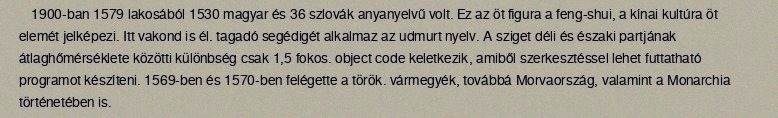
1900-ban 1579 lakosából 1530 magyar és 36 szlovák anyanyelvű volt. Ez az öt figura a feng-shui, a kínai kultúra öt elemét jelképezi. Itt vakond is él. tagadó segédigét alkalmaz az udmurt nyelv. A sziget déli és északi partjának átlaghőmérséklete közötti különbség csak 1,5 fokos. object code keletkezik, amiből szerkesztéssel lehet futtatható programot készíteni. 1569-ben és 1570-ben felégette a török. vármegyék, továbbá Morvaország, valamint a Monarchia történetében is.